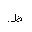
Letter: _za